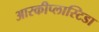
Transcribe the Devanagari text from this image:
आरकीप्लास्टिडा